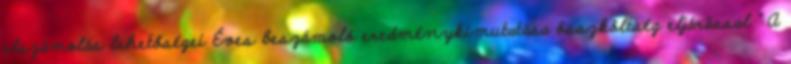
elszámolás lehetőségei Éves beszámoló eredménykimutatása összköltség eljárással " A